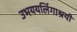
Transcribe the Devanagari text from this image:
उभययलिंगाश्रयी